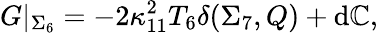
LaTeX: G\vert_{\Sigma_{6}}=-2\kappa_{11}^{2}T_{6}\delta(\Sigma_{7},Q)+\mathrm{d}\mathbb{C},